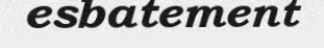
esbatement